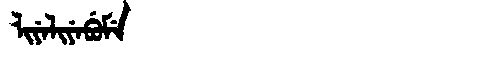
Manchu: ᠯᡳᠶᡝᠯᡳᠶᡝᠪᡠᠮᡝ
Romanization: LIYELIYEBUME